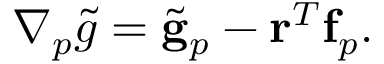
\begin{array} { r } { \nabla _ { p } \tilde { g } = \tilde { \mathbf { g } } _ { p } - \mathbf { r } ^ { T } \mathbf { f } _ { p } . } \end{array}